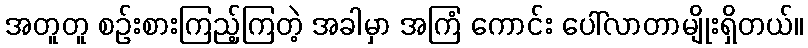
အတူတူ စဉ်းစားကြည့်ကြတဲ့ အခါမှာ အကြံ ကောင်း ပေါ်လာတာမျိုးရှိတယ်။